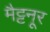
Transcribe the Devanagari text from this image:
मैट्टनूर